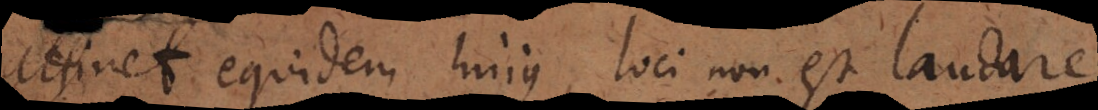
attinet equidem hujus loci non est laudare